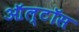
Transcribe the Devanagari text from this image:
ऑल्टॉस